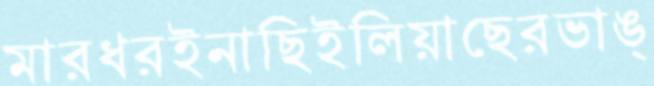
মারধরইনাছিইলিয়াছেরভাঙ্